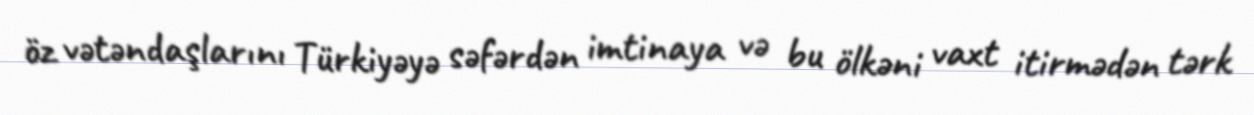
öz vətəndaşlarını Türkiyəyə səfərdən imtinaya və bu ölkəni vaxt itirmədən tərk